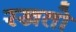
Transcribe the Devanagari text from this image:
रखतो